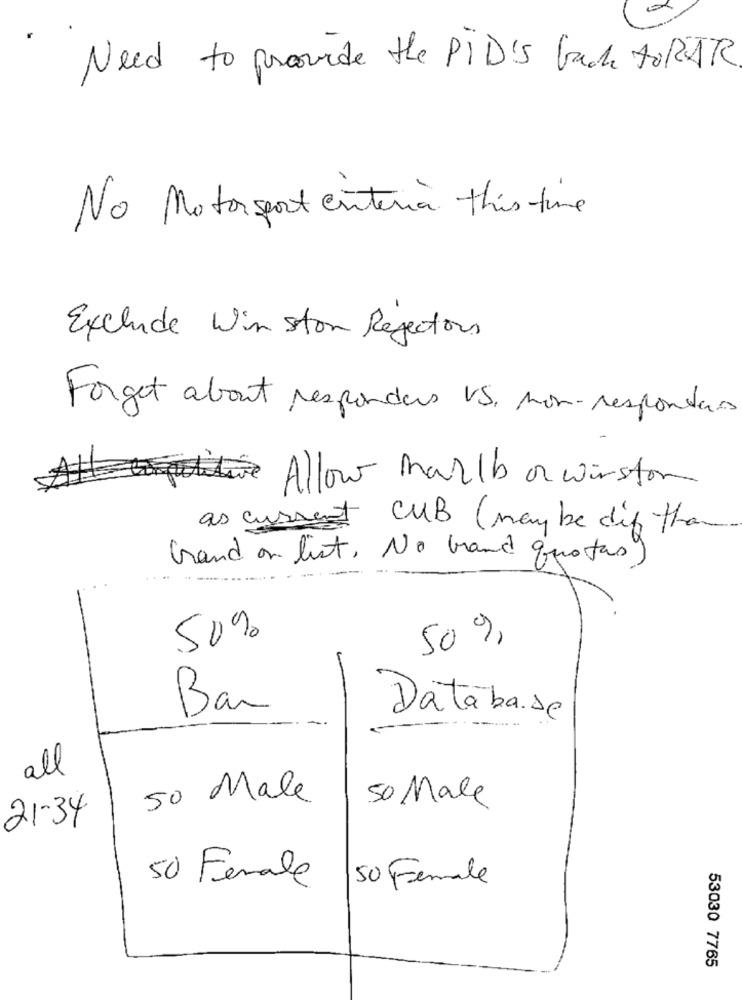
Need to provide the PID'S Gade to RAR
No Motorsport enteria this time
Exclude Winston Rejectors
Forget about responders VS, non-responders
we Allow Malb or wirston
as current CUB (may be dif than
Grand or list, No brand quotas)
50%
50 %,
Bar
Database
all
50 Male 50 Male
21-34
50 Female 50 Female
53030 7765